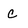
Character: C